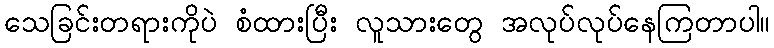
သေခြင်းတရားကိုပဲ စံထားပြီး လူသားတွေ အလုပ်လုပ်နေကြတာပါ။